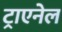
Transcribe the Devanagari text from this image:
ट्राएनेल